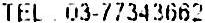
TEL : 03-77343662